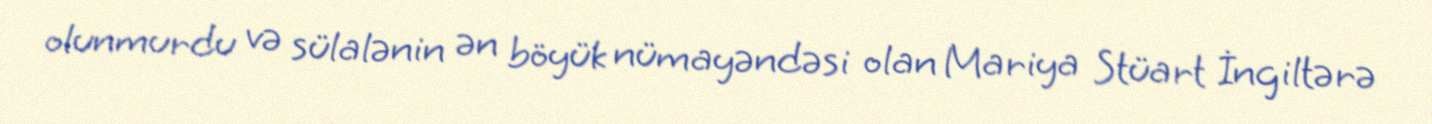
olunmurdu və sülalənin ən böyük nümayəndəsi olan Mariya Stüart İngiltərə